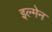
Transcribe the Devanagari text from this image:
इल्मेन